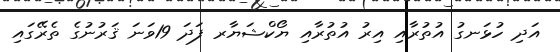
އަދި ހުޅަނގު އުތުރާއި އިރު އުތުރާއި ޔޯކްޝަޔާރ ފަދަ 19ވަނަ ޤަރުނުގެ ތެރޭގައި